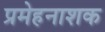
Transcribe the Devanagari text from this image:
प्रमेहनाशक